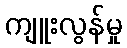
ကျူးလွန်မှု